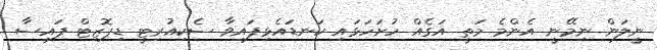
ނީލަން ނިމޭނީ އެންމެ މަތީ އަގެއް ހުށަހަޅައި ކަނޑައެޅިފައިވާ ސެކިއުރިޓީ ޑިޕޮޒިޓް ފައިސާ